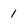
Character: 1